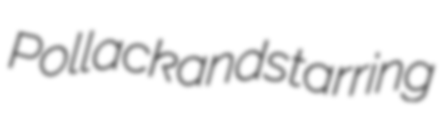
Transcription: Pollack and starring